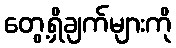
တွေ့ရှိချက်များကို